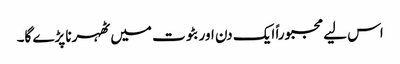
اس لیے مجبوراً ایک دن اور بٹوت میں ٹھہرنا پڑے گا۔